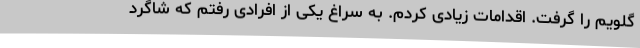
گلویم را گرفت. اقدامات زیادی کردم. به سراغ یکی از افرادی رفتم که شاگرد